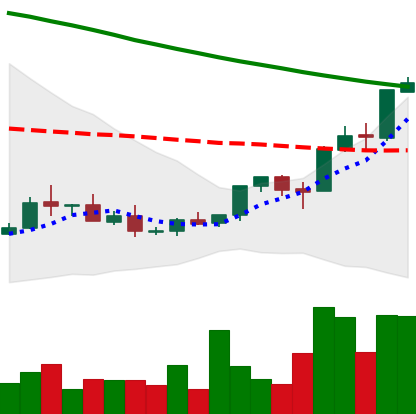
Ticker: XMR-USD
Chart end date: 2018-09-04
Forward return: -23.004%
Label: down_7plus